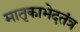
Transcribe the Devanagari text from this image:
मातृकाभेदतंत्र